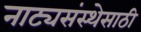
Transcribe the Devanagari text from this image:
नाट्यसंस्थेसाठी